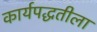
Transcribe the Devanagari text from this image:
कार्यपद्धतीला